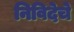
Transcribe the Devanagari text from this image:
निविदेचे